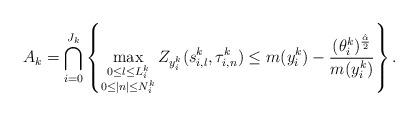
LaTeX: \begin{align*}A_k=\bigcap_{i=0}^{J_k}\left\{\max_{\substack{0\le l\le L^k_i\\0\le |n| \le N^k_i}} Z_{y_i^k}(s_{i,l}^k,\tau_{i,n}^k)\le m(y_i^k)-\frac{(\theta_i^k)^{\frac{\hat\alpha}{2}}}{m(y_i^k)}\right\}.\end{align*}